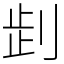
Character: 𠜶